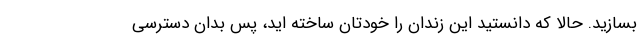
بسازید. حالا که دانستید این زندان را خودتان ساخته اید، پس بدان دسترسی